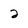
Character: 2